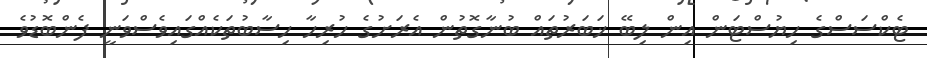
ޓެކްސަސްގެ ހިޔުސްޓަން އިން ލިބޭ ޚަބަރުތައް ބުނާގޮތުން އެރަށުގެ ހުރިހާ ހިސާބުތަކެއްގައިވެސްވަނީ ފެންބޮޑުވެ